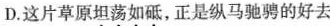
D.这片草原坦荡如砥，正是纵马驰骋的好去